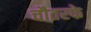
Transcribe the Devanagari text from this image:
चौतरफे